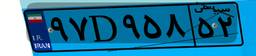
۴۰D۵۲۱۱۰